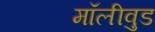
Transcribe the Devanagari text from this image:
मॉलीवुड